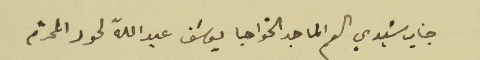
جناب سَيدي الماجد الخواجا يوسَف عبدالله لحود المحترم